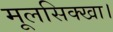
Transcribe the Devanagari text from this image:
मूलसिक्खा।